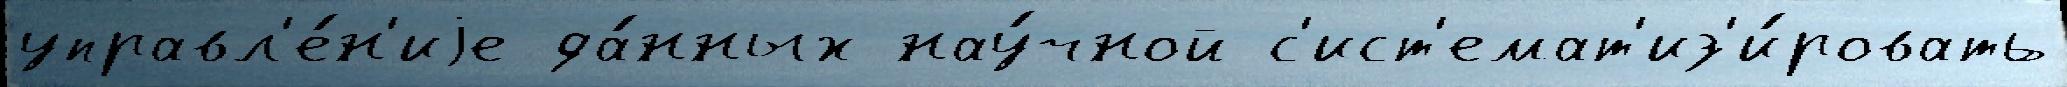
управл'е́н'иjе да́нных нау́чной с'ист'емат'из'и́ровать